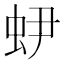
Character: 𧉅